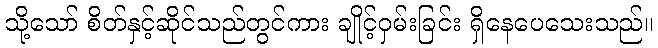
သို့သော် စိတ်နှင့်ဆိုင်သည်တွင်ကား ချိုင့်ဝှမ်းခြင်း ရှိနေပေသေးသည်။